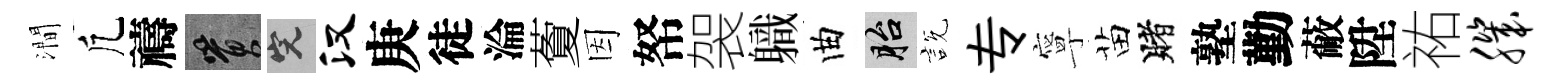
澗凢禱篔完汉庚徒淪藑因帑袈軄曲胎説专寧苗賭塾勤蔽陞祐肌